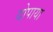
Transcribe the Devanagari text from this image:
दोपाया